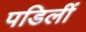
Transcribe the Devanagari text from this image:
पडिलीं